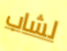
لشاب